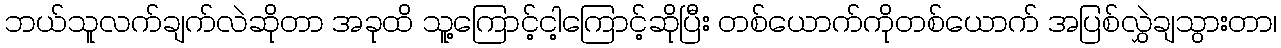
ဘယ်သူလက်ချက်လဲဆိုတာ အခုထိ သူ့ကြောင့်ငါ့ကြောင့်ဆိုပြီး တစ်ယောက်ကိုတစ်ယောက် အပြစ်လွှဲချသွားတာ၊